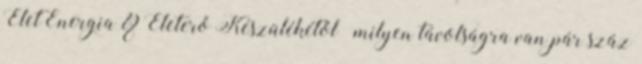
ÉletEnergia & Életerő Készülékétől® milyen távolságra van pár száz